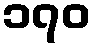
၁၇၀